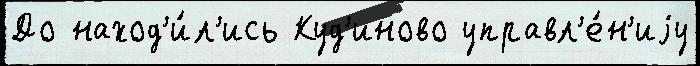
До наход'и́л'ись Куд'иново управл'е́н'иjу